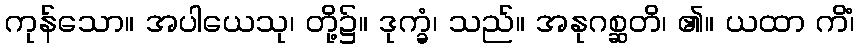
ကုန်သော။ အပါယေသု၊ တို့၌။ ဒုက္ခံ၊ သည်။ အနုဂစ္ဆတိ၊ ၏။ ယထာ ကိံ၊